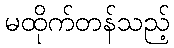
မထိုက်တန်သည့်